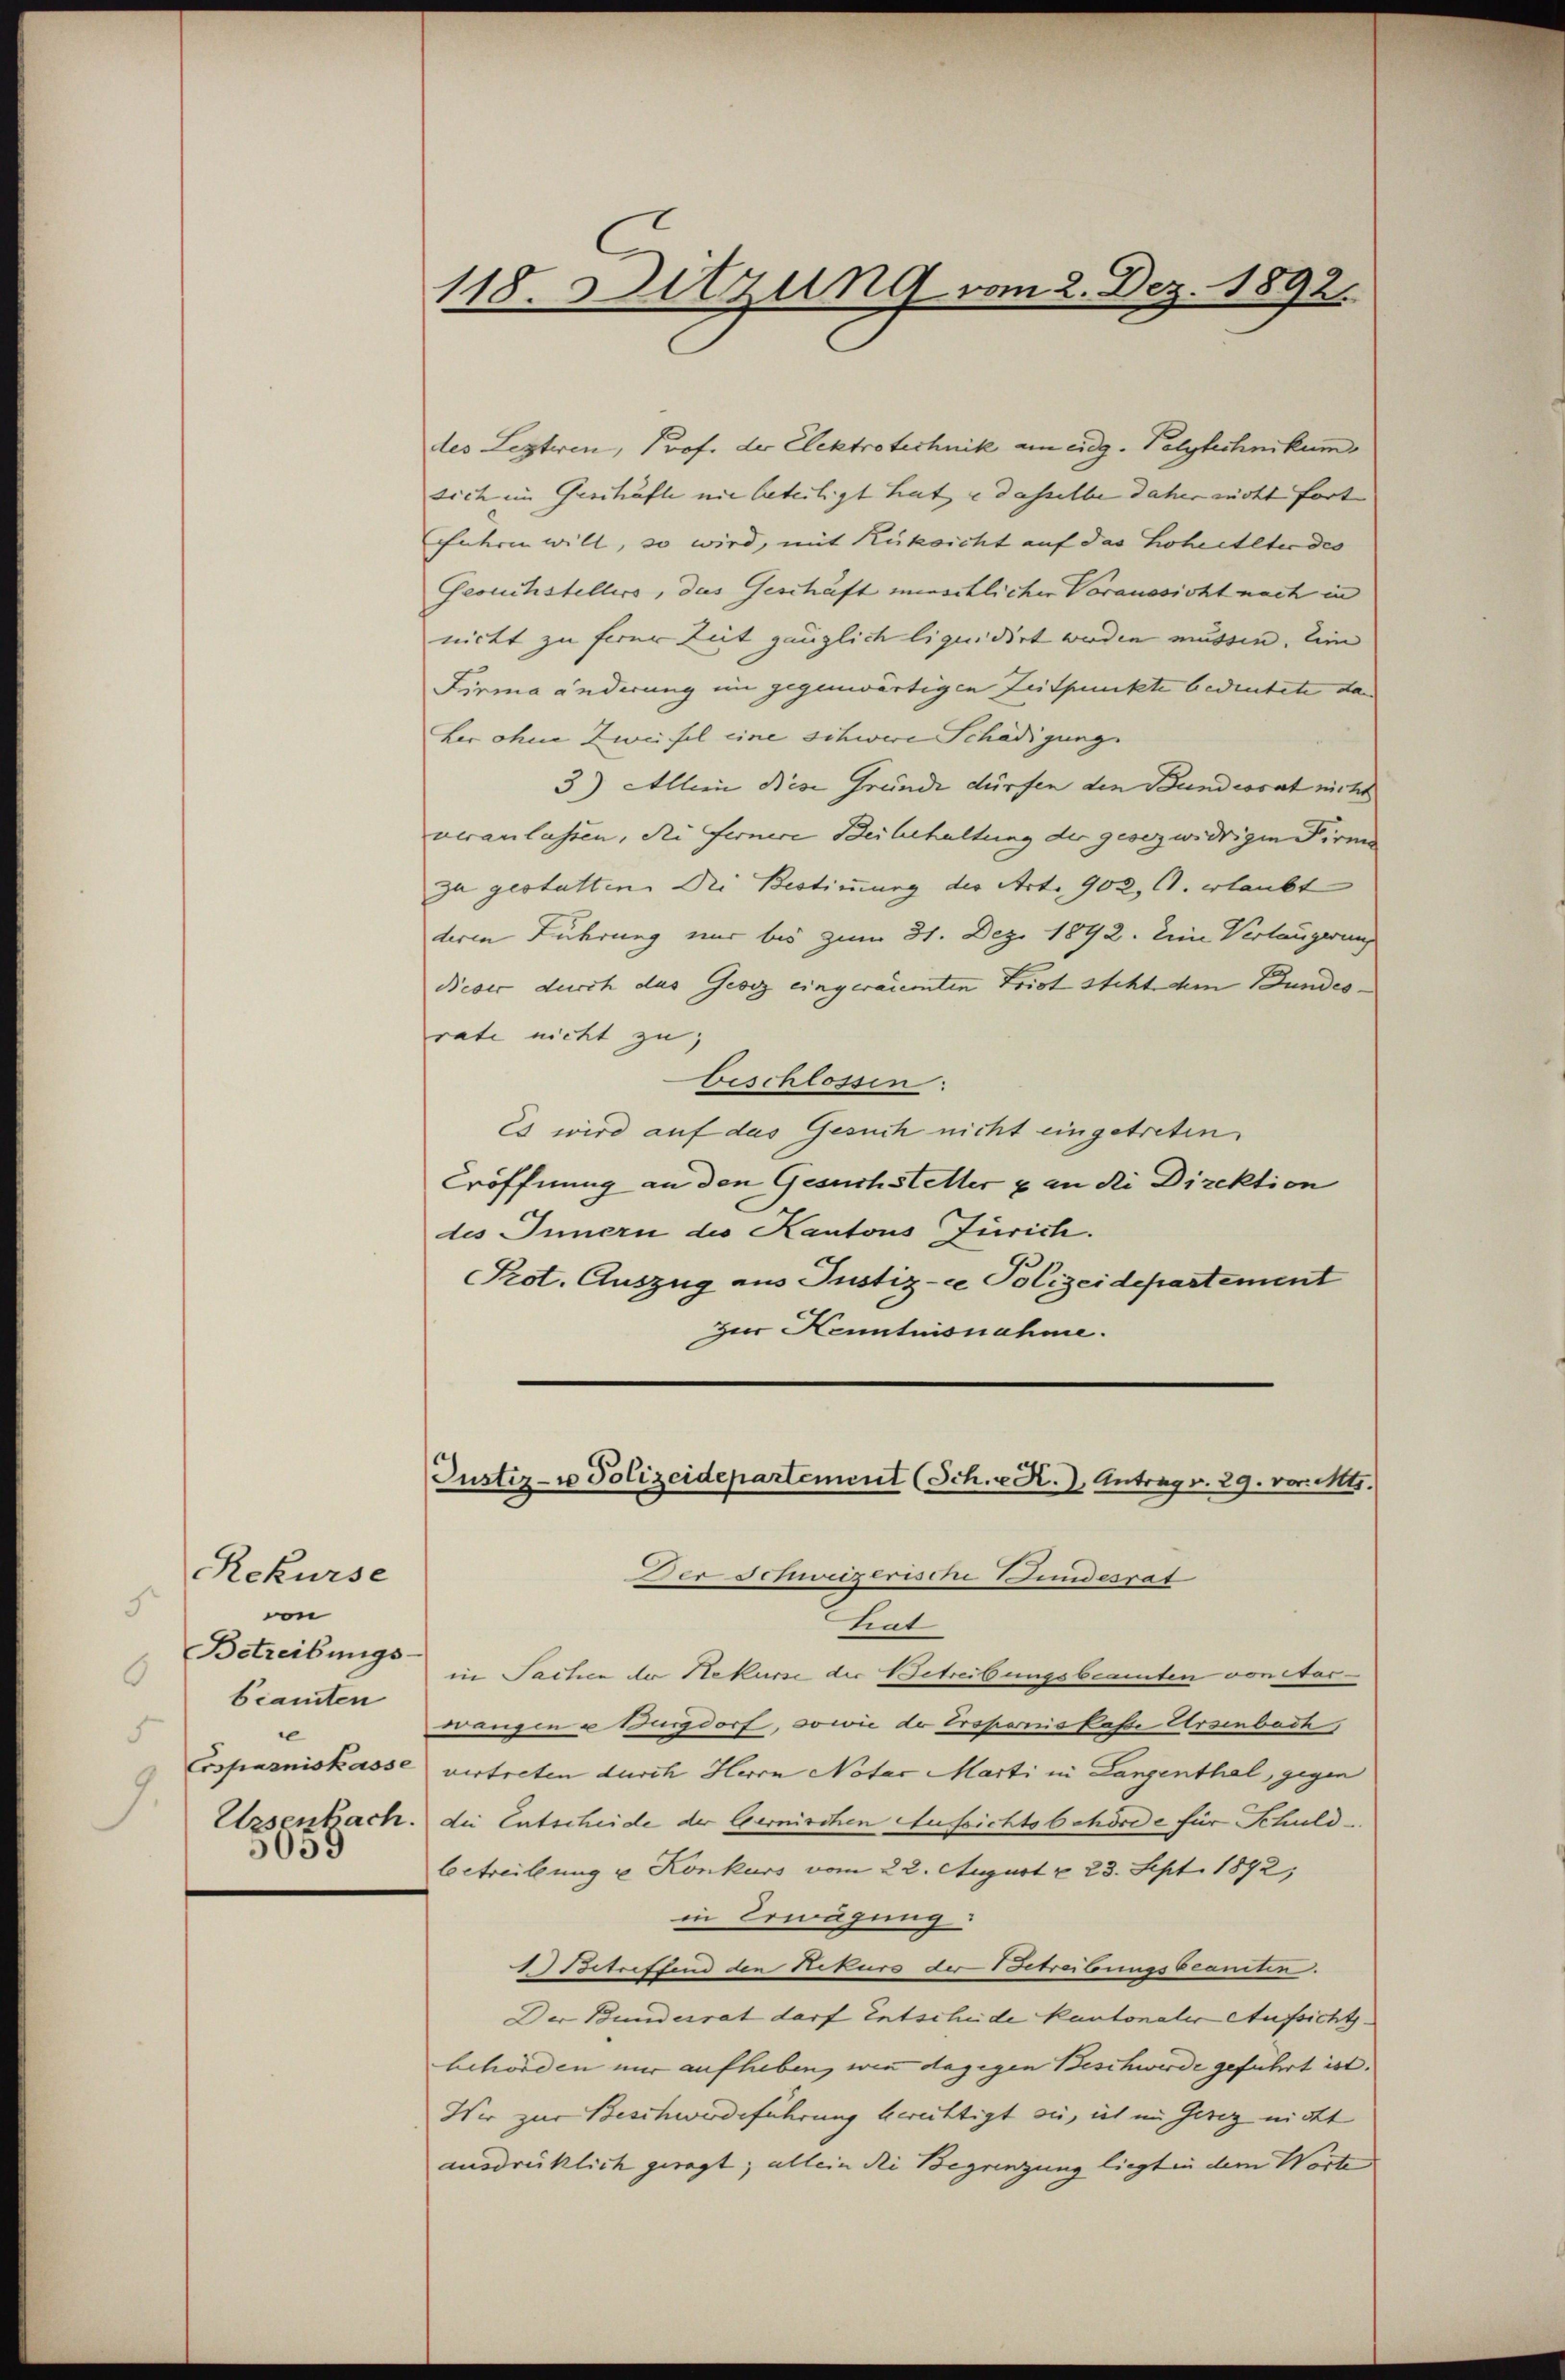
Rekurse
5.
von
Betreibungs-
6
beamten
5
.

118. Sitzung vom 2. Dez. 1892.

des Lezteren, Prof. der Elektrotechnik am eidg. Polytechnikum
sich im Geschäfte nie beteiligt hat e dasselbe daher nicht fort
Entern will, so wird, mit Rüksicht auf das Hoheitete des
Gesuchstellers, das Geschäft menschlicher Voraussicht nach in
nicht zu ferer Zeit gänzlich liquidirt werden müssen. Ein
Firma änderung im gegenwärtigen Zeitpunkte bedeutete da
her ohne Zweifel eine schwere Schädigung
3) Allein Nese Gründe dürfen den Bundesrat nicht
veranlassen, die Fernere Beibehaltung der gesezwidrigen Firma
zu gestatten. Die Bestimmung der Art. 902, 1. erlaubt
deren Führung nur bis zum 31. Dez. 1892. Eine Verlängerung
dieber durch das Gesez eingeraienten Frist steht dem Bundes-
rate nicht zu,
beschlossen:
Es wird auf das Gesuch nicht eingetreten.
Eröffnung an den Gesuchsteller & an die Direktion
des Innern des Kantons Zürich.
Prot. Auszug aus Justiz-ce Polizeidepartement
zur Kenntnisnahme.

Justiz- u Polizeidepartement (Sch. R., Antrag v. 29. vor. Mts.

Der Schweizerische Bundesrät
hat
in Sachen der Rekurse der Betreibungsbeamten von Aarwangen u Burgdorf, sowie der Ersponis Pässe Ersenbach
Ersparniskasse vertreten durch Herrn Notar Marti in Langenthal, gegen
Ezsenbach. Die Entscheide der Cernischen Aufsichtsbehörde für Schuldbetreitung u Konkurs vom 22. August v. 23. Sept. 1892,
in Erwägung
1) Betreffend den Rekurs der Betreibungsbeaniten.
Der Bundesrat darf Entscheide kantonaler Aufsichtsbehörden mir aufleben, wenn dagegen Beschwerde geführt ist.
Wir zur Beschwerdeführung berechtigt sie, ich im Gesez nicht
ausdrücklich geregt; allein die Begrenzung liegt in dem Worte